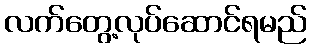
လက်တွေ့လုပ်ဆောင်ရမည်